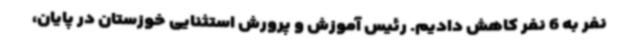
نفر به 6 نفر کاهش دادیم. رئیس آموزش و پرورش استثنایی خوزستان در پایان،